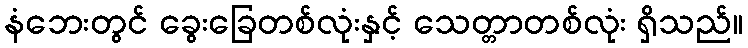
နံဘေးတွင် ခွေးခြေတစ်လုံးနှင့် သေတ္တာတစ်လုံး ရှိသည်။